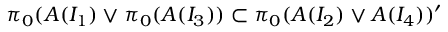
\pi _ { 0 } ( { \cal A } ( I _ { 1 } ) \vee \pi _ { 0 } ( { \cal A } ( I _ { 3 } ) ) \subset \pi _ { 0 } ( { \cal A } ( I _ { 2 } ) \vee { \cal A } ( I _ { 4 } ) ) ^ { \prime }